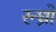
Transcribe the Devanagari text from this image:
रन्ध्रो